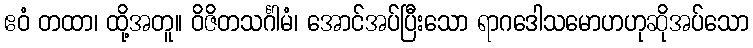
ဧဝံ တထာ၊ ထို့အတူ။ ဝိဇိတသင်္ဂါမံ၊ အောင်အပ်ပြီးသော ရာဂဒေါသမောဟဟုဆိုအပ်သော